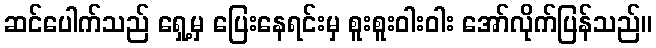
ဆင်ပေါက်သည် ရှေ့မှ ပြေးနေရင်းမှ စူးစူးဝါးဝါး အော်လိုက်ပြန်သည်။